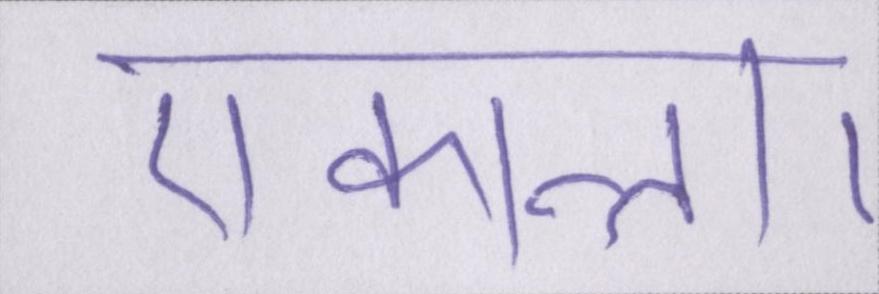
एकान्त।